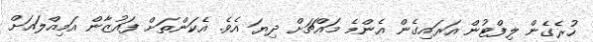
ހުރެގެން ލިފްޓުން އަރައިގެން އެންމެ މައްޗަށް ދިޔަ އެވެ. އެކަންތަށް ފައުޒާން އަމިއްލައަށް